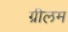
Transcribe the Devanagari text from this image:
ग्रीलम